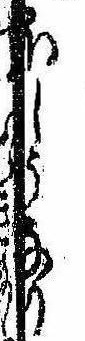
ほしうなり